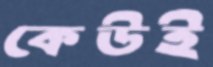
কেউই